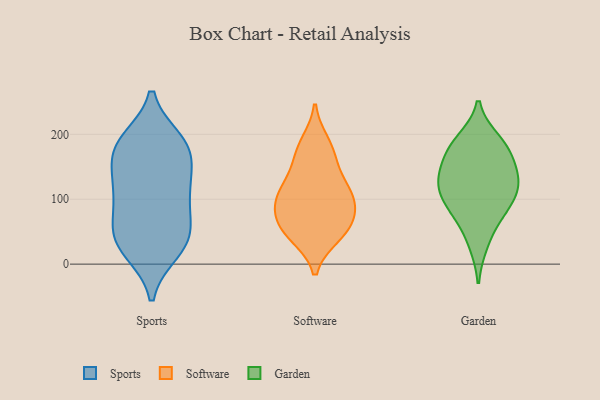
{"axis": {"x": "Revenue (USD Million)", "y": "Value"}, "legend": ["Garden", "Software", "Sports"], "data": [{"x": "", "y": 183, "type": "Sports"}, {"x": "", "y": 29, "type": "Sports"}, {"x": "", "y": 38, "type": "Sports"}, {"x": "", "y": 112, "type": "Sports"}, {"x": "", "y": 104, "type": "Sports"}, {"x": "", "y": 126, "type": "Sports"}, {"x": "", "y": 61, "type": "Sports"}, {"x": "", "y": 182, "type": "Sports"}, {"x": "", "y": 35, "type": "Sports"}, {"x": "", "y": 170, "type": "Sports"}, {"x": "", "y": 189, "type": "Sports"}, {"x": "", "y": 21, "type": "Sports"}, {"x": "", "y": 67, "type": "Sports"}, {"x": "", "y": 175, "type": "Sports"}, {"x": "", "y": 123, "type": "Sports"}, {"x": "", "y": 83, "type": "Software"}, {"x": "", "y": 111, "type": "Software"}, {"x": "", "y": 118, "type": "Software"}, {"x": "", "y": 44, "type": "Software"}, {"x": "", "y": 95, "type": "Software"}, {"x": "", "y": 88, "type": "Software"}, {"x": "", "y": 47, "type": "Software"}, {"x": "", "y": 186, "type": "Software"}, {"x": "", "y": 118, "type": "Software"}, {"x": "", "y": 156, "type": "Software"}, {"x": "", "y": 174, "type": "Software"}, {"x": "", "y": 55, "type": "Software"}, {"x": "", "y": 60, "type": "Software"}, {"x": "", "y": 31, "type": "Garden"}, {"x": "", "y": 140, "type": "Garden"}, {"x": "", "y": 164, "type": "Garden"}, {"x": "", "y": 122, "type": "Garden"}, {"x": "", "y": 134, "type": "Garden"}, {"x": "", "y": 125, "type": "Garden"}, {"x": "", "y": 91, "type": "Garden"}, {"x": "", "y": 182, "type": "Garden"}, {"x": "", "y": 111, "type": "Garden"}, {"x": "", "y": 191, "type": "Garden"}, {"x": "", "y": 87, "type": "Garden"}, {"x": "", "y": 179, "type": "Garden"}, {"x": "", "y": 70, "type": "Garden"}]}